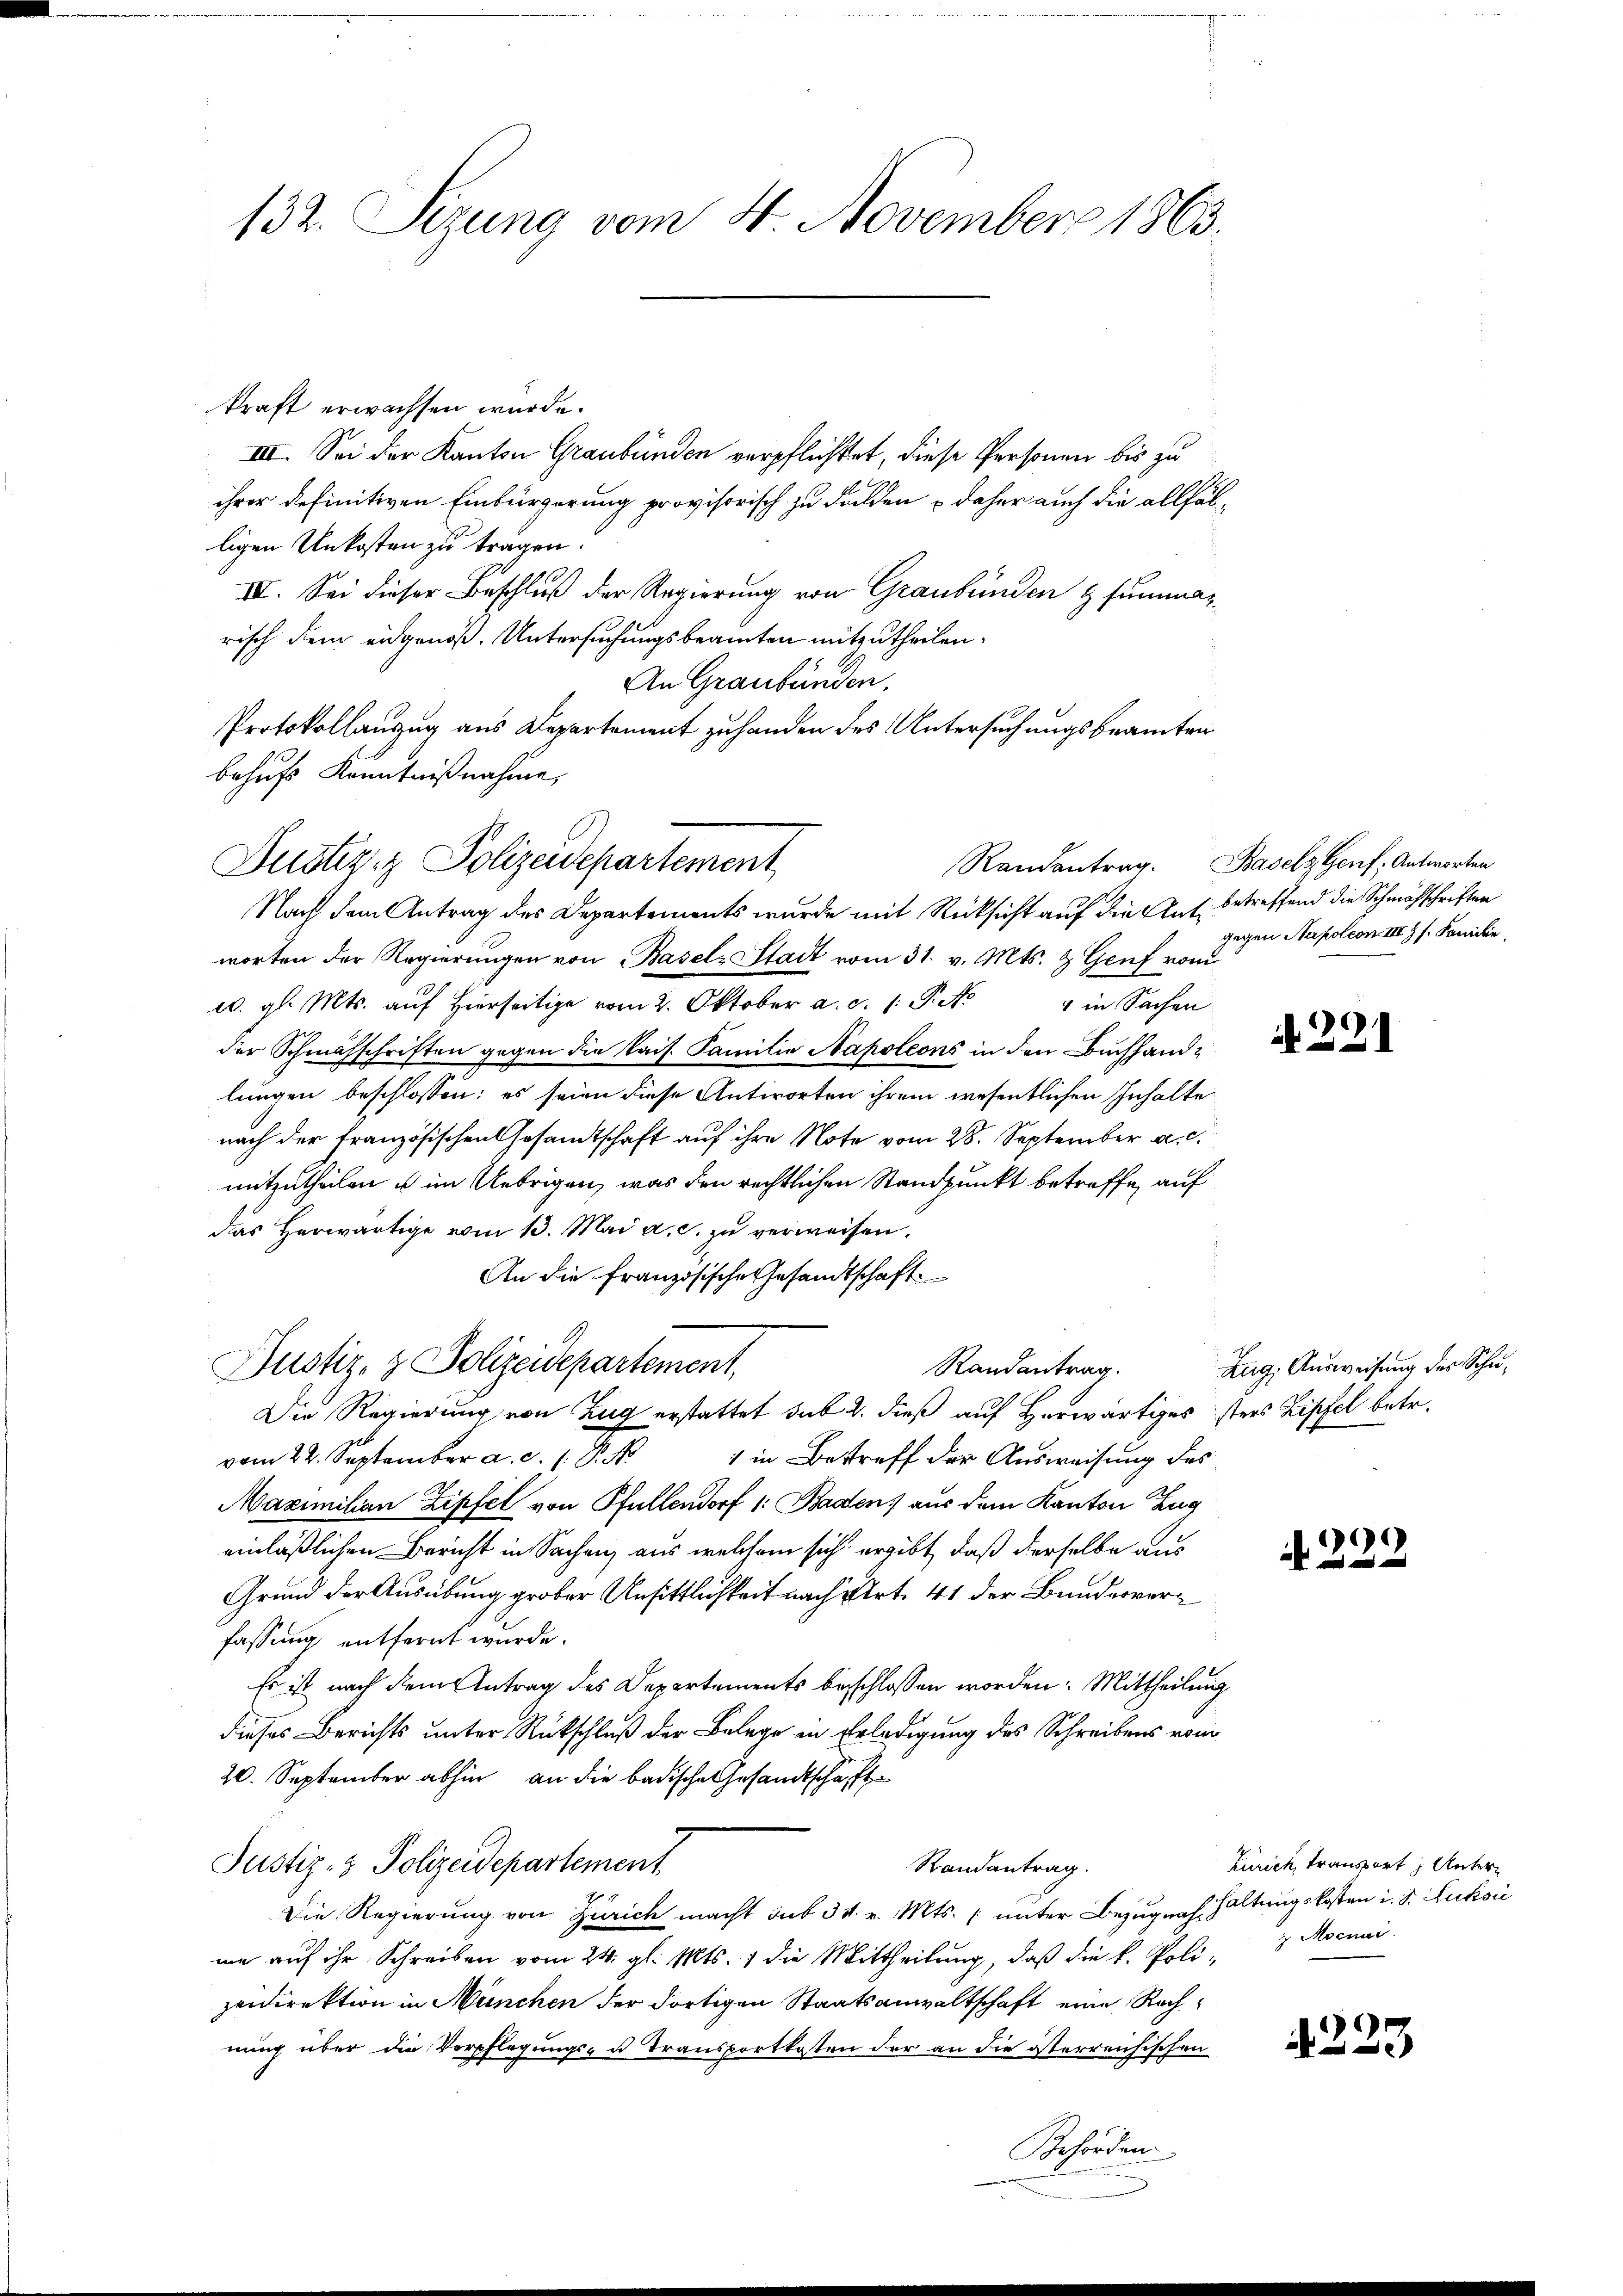
132. Sizung vom 4. November 1863.

kraft erwachsen wurde.
III. Sei der Kanton Graubünden verpflichtet, diese Personen bis zu
ihrer definitiven Einbürgerung provisorisch zu dulden & daher auch die allfälligen Unkosten zu tragen.
IV. Sei dieser Beschluß der Regierung von Graubünden & summas
risch dem eidgenoß. Untersuchungsbeamten mitzutheilen.
An Graubünden,
Protokollauszug aus Departement zuhanden des Untersuchungsbeamten
behufs Kenntnißnahme,
Nach dem Antrag des Departements wurde mit Rücksicht auf die Auf betreffend die Schmähschriften
worten der Regierungen von Basel-Stadt vom 31. v. Mts. & Genf vom
u. gl. Mts. auf hierseitige vom 2. Oktober a. c. 1 Pkt. 1 in Sachen
der Schmähschriften gegen die kais. Familie Napoleons in den Buchhandlungen beschlossen: es seien diese Antworten ihrem wesentlichen Inhalte
nach der französischen Gesamtschaft auf ihre Note vom 28. September a.c.
mitertheilen u im Uebrigen, was den rechtlichen Standpunkt betreffe, auf
das herwärtige vom 13. Mai a. c. zu verweisen.
An die Französische Gesandtschaft
Justiz- & Polizeidepartement,
Randantrag.
Die Regierung von Zug erstattet sub 2. dieß auf Herwärtiges sters Zipfel betr.
vom 22. September a. c. 1. P. Nr. 1 in Bestreff der Ausweisung des
Maximilian Zipfel von Pfullendorf 1: Baden) aus dem Kanton Zug
einläßlichen Bericht in Sachen, aus welchem sich ergibt, daß derselbe aus
Grund der Ausübung grober Unsittlichkeit nach Art. 41 der Bunderverfassung entfernt wurde.
Es ist nach dem Antrag des Departements beschlossen worden: Mittheilung
dieses Berichts unter Rückschluß der Belege in Erledigung des Schreibens vom
20. September abhin an die badische Gesandtschaft
Justiz- & Polizeidepartement
Randantrag.
Die Regierung von Zürich macht sub 3 v. v. Mts. unter Bezug nach Haltungskosten i. S. Luksić
me auf ihr Schreiben vom 24. gl. Mts. 1 die Mittheilung, daß die k. Polizeidirektion in München der dortigen Staatsanwaltschaft eine Rechnung über die Verpflegungs- u Transportkosten der an die österreichischen
Behörden

Justiz- & Polizeidepartement

Randantrag. Baselz Genf, Antworten

gegen Napoleon III 2 S. Paulin

N 221

Zug, Ausweisung des Schu¬

N 222

4223

Zürich, transport, Unter¬
 Mscnai